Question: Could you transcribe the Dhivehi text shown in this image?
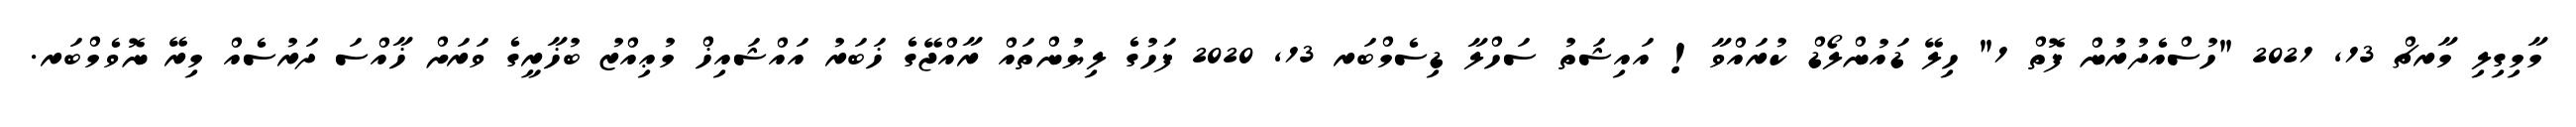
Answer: މާމިގިލި މާރޗް 13, 2021 "ހުސްއެދުރުން ފޮތް 1" ހިލޭ ޑައުންލޯޑް ކުރައްވާ! އައިޝަތު ސަހްލާ ޑިސެމްބަރ 13, 2020 ފަހުގެ ލިޔުންތައް ރާއްޖޭގެ ޚަބަރު އައްޝައިޚް މުޢިއްޒު ބުޚާރީގެ ވަރަށް ޚާއްސަ ދަރުސެއް މިރޭ ނޮވެމްބަރ.